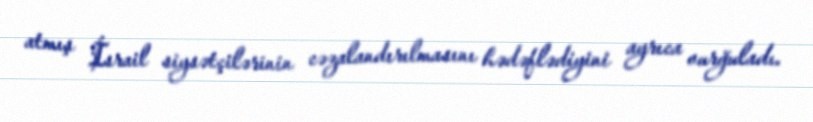
atmış İsrail siysətçilərinin cəzalandırılmasını hədəflədiyini ayrıca vurğuladı.